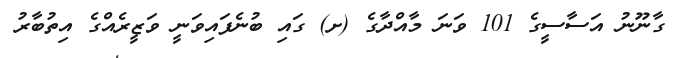
ގާނޫނު އަސާސީގެ 101 ވަނަ މާއްދާގެ (ށ) ގައި ބުނެފައިވަނީ ވަޒީރެއްގެ އިތުބާރު